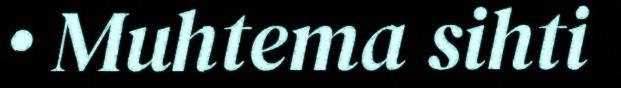
• Muhtema sihti